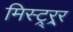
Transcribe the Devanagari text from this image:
मिस्ट्र्र्र्र